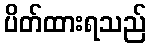
ပိတ်ထားရသည်